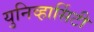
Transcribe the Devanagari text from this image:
युनिव्हार्सिटी